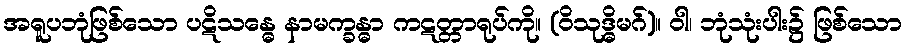
အရူပဘုံဖြစ်သော ပဋိသန္ဓေ နာမက္ခန္ဓာ ကဋတ္တာရုပ်ကို။ (ဝိသုဒ္ဓိမဂ်)။ ဝါ၊ ဘုံသုံးပါး၌ ဖြစ်သော